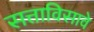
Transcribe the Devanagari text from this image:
सत्ताविसावे